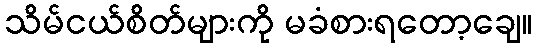
သိမ်ငယ်စိတ်များကို မခံစားရတော့ချေ။